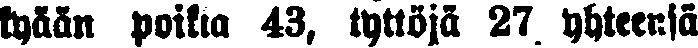
kyään poikia 43, tyttöjä 27 yhteensä